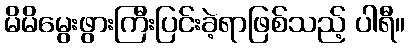
မိမိမွေးဖွားကြီးပြင်းခဲ့ရာဖြစ်သည့် ပါရီ။